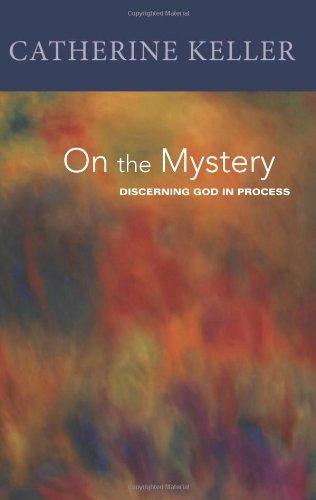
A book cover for On the Mystery: Discerning Divinity in Process; Catherine Keller; Christian Books & Bibles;